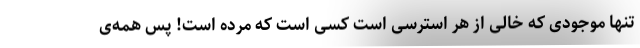
تنها موجودی که خالی از هر استرسی است کسی است که مرده است! پس همه‌ی